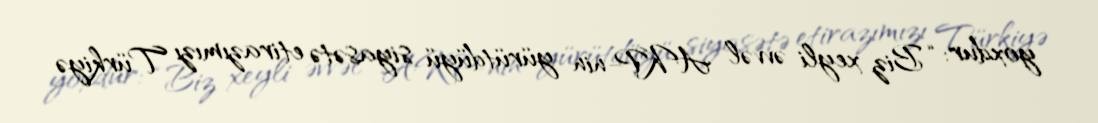
yoxdur: “Biz xeyli əvvəl AKP-nin yürütdüyü siyasətə etirazımızı Türkiyə